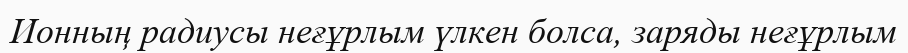
Ионның радиусы неғұрлым үлкен болса, заряды неғұрлым